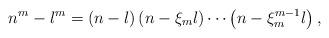
LaTeX: \begin{align*}n^{m}-l^{m}=\left(n-l\right)\left(n-\xi_{m}l\right)\cdots\left(n-\xi_{m}^{m-1}l\right),\end{align*}